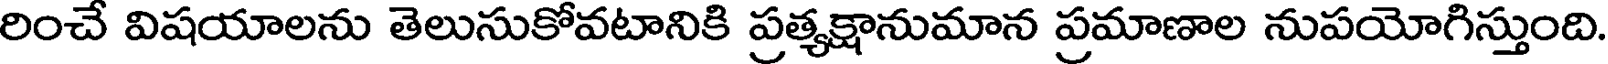
రించే విషయాలను తెలుసుకోవటానికి ప్రత్యక్షానుమాన ప్రమాణాల నుపయోగిస్తుంది